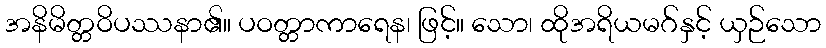
အနိမိတ္တဝိပဿနာ၏။ ပဝတ္တာကာရေန၊ ဖြင့်။ သော၊ ထိုအရိယမဂ်နှင့် ယှဉ်သော